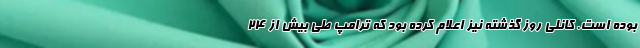
بوده است. کانلی روز گذشته نیز اعلام کرده بود که ترامپ طی بیش از ۲۴